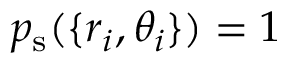
p _ { \mathrm { s } } ( \{ r _ { i } , \theta _ { i } \} ) = 1